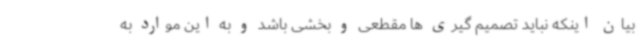
بیان اینکه نباید تصمیم گیری ها مقطعی و بخشی باشد و به این موارد به